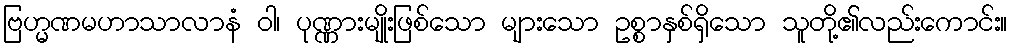
ဗြဟ္မဏမဟာသာလာနံ ဝါ၊ ပုဏ္ဏားမျိုးဖြစ်သော များသော ဥစ္စာနှစ်ရှိသော သူတို့၏လည်းကောင်း။